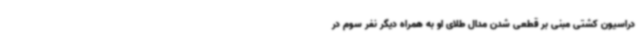
دراسیون کشتی مبنی بر قطعی شدن مدال طلای او به همراه دیگر نفر سوم در